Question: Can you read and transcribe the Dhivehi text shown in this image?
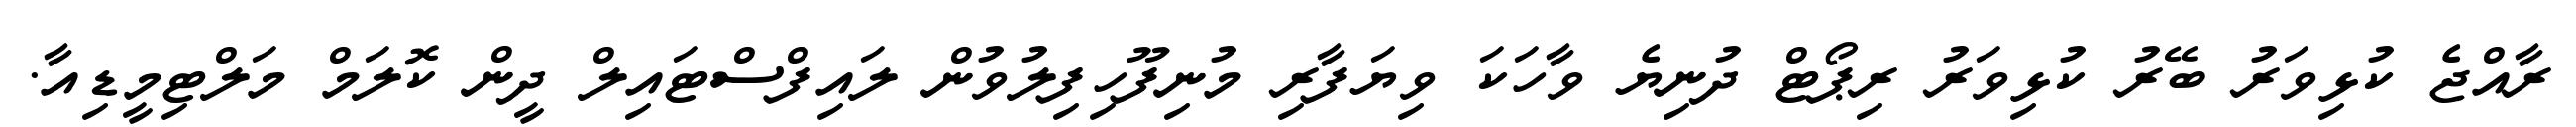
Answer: ރާއްޖެ ކުޅިވަރު ބޭރު ކުޅިވަރު ރިޕޯޓް ދުނިޔެ ވާހަކަ ވިޔަފާރި މުނިފޫހިފިލުވުން ލައިފްސްޓައިލް ދީން ކޮލަމް މަލްޓިމީޑިއާ.